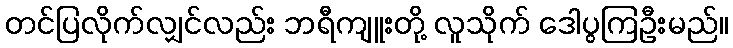
တင်ပြလိုက်လျှင်လည်း ဘရီကျူးတို့ လူသိုက် ဒေါပွကြဦးမည်။